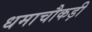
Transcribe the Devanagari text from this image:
धमाचौकड़ी